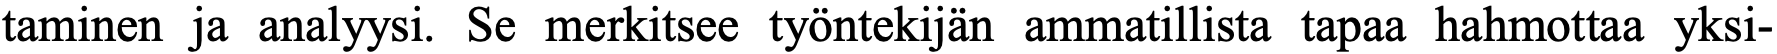
taminen ja analyysi. Se merkitsee työntekijän ammatillista tapaa hahmottaa yksi-